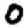
Digit: 0